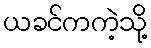
ယခင်ကကဲ့သို့